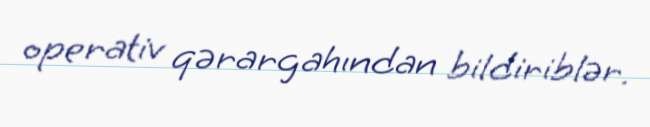
operativ qərargahından bildiriblər.